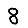
Digit: 8